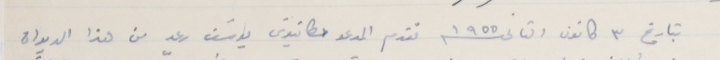
بتاريخ ٣ كانون التانى سنة ١٩٥٥ تقدم المدعو امطانيوسَ يوسَف رعد من هذا الديوان